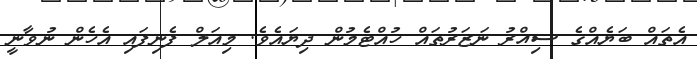
އެތައް ބަޔެއްގެ ސިއްރު ނަޒަރުތައް ހުއްޓެމުން ދިޔައެވެ. މިއަލް ފެނިފައި އެހެން ނުވާނީ